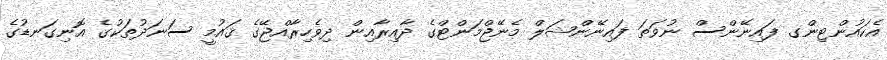
އެކައުންޓިންގ ފައިނޭންސް ނުވަތަ ފައިނޭންޝަލް މެނޭޖްމަންޓްގެ ދާއިރާއިން ދިވެހިރާއްޖޭގެ ޤައުމީ ސަނަދުތަކުގެ އޮނިގަނޑުގެ